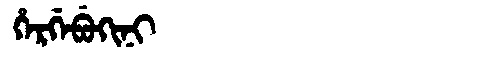
Manchu: ᡥᡝᡵᡤᡝᠪᡠᡴᡳᠨᡳ
Romanization: HERGEBUKINI